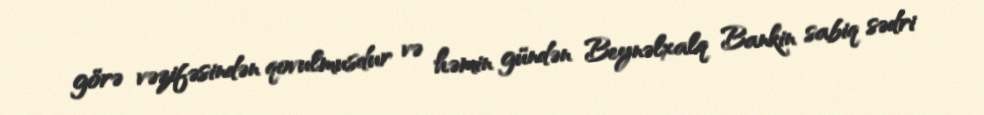
görə vəzifəsindən qovulmusdur və həmin gündən Beynəlxalq Bankin sabiq sədri